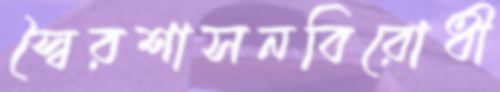
স্বৈরশাসনবিরোধী